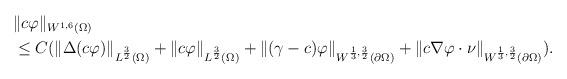
LaTeX: \begin{align*}\begin{aligned}&\|c\varphi \|_{W^{1,6}(\Omega)}\\&\le C( \|\Delta(c \varphi) \|_{L^{\frac{3}{2}}(\Omega)} +\| c \varphi\|_{L^{\frac{3}{2}}(\Omega)} + \| (\gamma-c) \varphi \|_{W^{\frac{1}{3},\frac{3}{2}}(\partial\Omega)} +\| c\nabla \varphi \cdot \nu \|_{W^{\frac{1}{3},\frac{3}{2}}(\partial\Omega)} ).\end{aligned}\end{align*}